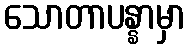
သောတာပန္နာမှာ